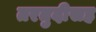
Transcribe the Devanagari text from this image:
तरतुदीसह